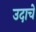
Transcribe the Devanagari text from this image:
उदाचे